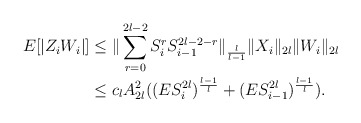
\begin{align*}E[|Z_iW_i|]&\le \|\sum_{r=0}^{2l-2} S_i^{r}S_{i-1}^{2l-2-r}\|_\frac{l}{l-1}\|X_i\|_{2l} \|W_i\|_{2l}\\&\le c_l A_{2l}^2 ((E S_i^{2l})^\frac{l-1}{l}+(ES_{i-1}^{2l})^\frac{l-1}{l} ).\end{align*}